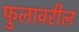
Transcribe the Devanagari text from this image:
फुलावरील